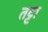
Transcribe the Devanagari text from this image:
तट्टा